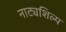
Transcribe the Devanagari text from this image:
नाट्यशिल्प